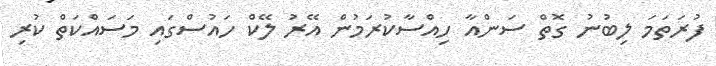
ފުރަތަމަ ލިބުނު ގޮތް ސަންއާ ހިއްސާކުރަމުން އޭރު ލޭކް ހައުސްގައި މަސައްކަތް ކުރި